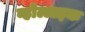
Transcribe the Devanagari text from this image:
व्होल्टाइक